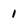
Character: 1